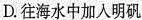
D.往海水中加入明矾